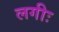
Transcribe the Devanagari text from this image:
लगीः